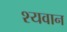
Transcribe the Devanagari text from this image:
श्यवान